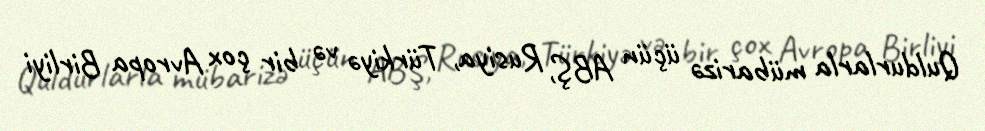
Quldurlarla mübarizə üçün ABŞ, Rusiya, Türkiyə və bir çox Avropa Birliyi